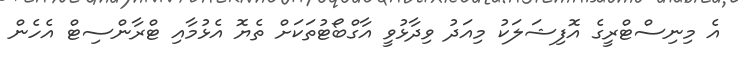
އެ މިނިސްޓްރީގެ އޮފިޝަލަކު މިއަދު ވިދާޅުވީ އާގްބޯޓުތަކަށް ތެޔޮ އެޅުމާއި ޓްރާންސިޓް އެހެން